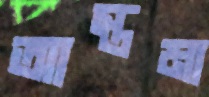
আস্তমা